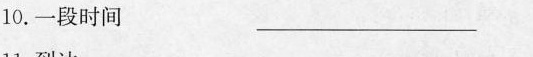
10. 一段时间 ——